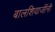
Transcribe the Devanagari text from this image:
बालशिवाजींनी